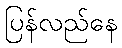
ပြန်လည်နေ